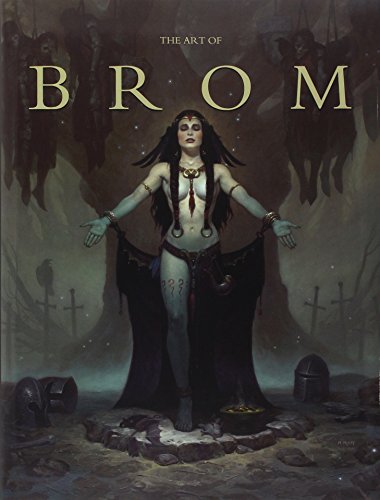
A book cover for The Art of Brom; Brom; Arts & Photography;